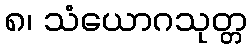
၈၊ သံယောဂသုတ္တ